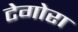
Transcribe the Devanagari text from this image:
टेगोरा